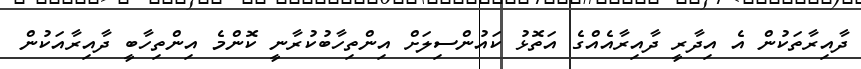
ދާއިރާތަކުން އެ އިދާރީ ދާއިރާއެއްގެ އަތޮޅު ކައުންސިލަށް އިންތިހާބުކުރާނީ ކޮންމެ އިންތިހާބީ ދާއިރާއަކުން